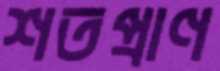
শতপ্রাণ